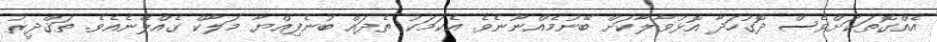
އެއްގޮތަކަށްވެސް ދޮގުހަދާ އޮޅުވާާލާކަށް ބޭނުމެއްނޫނެވެ. އެކަމަކު ތެދައް ބުނެފިއްޔާ މަލާކް ގެއްލޭނެއެވެ. ތަޤްދީރު